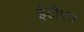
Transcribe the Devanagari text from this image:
ईटीएच